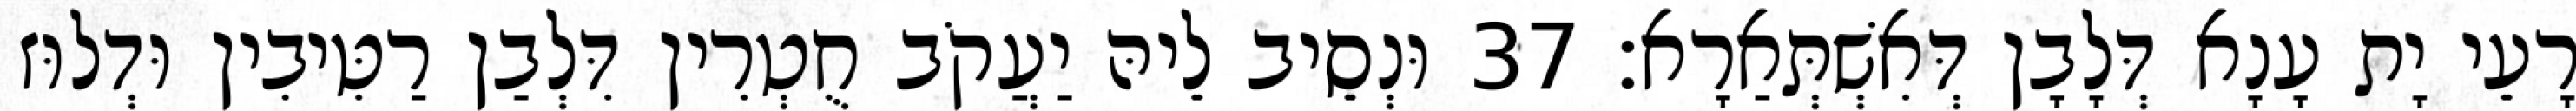
רָעֵי יָת עָנָא דְּלָבָן דְּאִשְׁתְּאַרָא׃ 37 וּנְסֵיב לֵיהּ יַעֲקֹב חֻטְרִין דִּלְבַן רַטִּיבִין וּדְלוּז